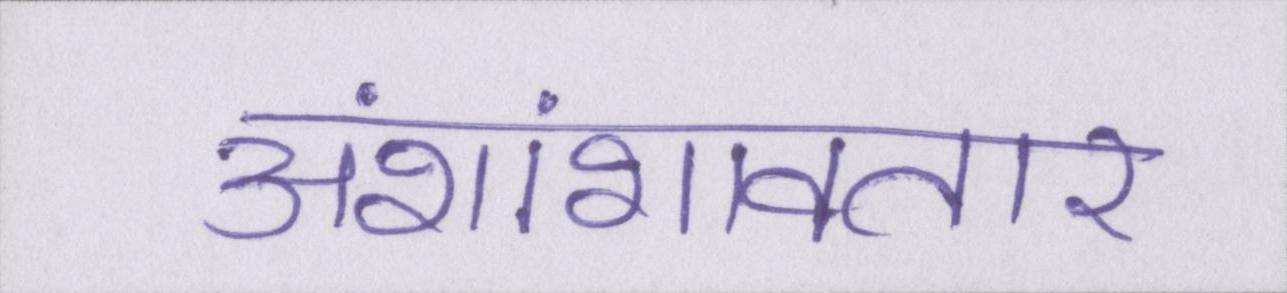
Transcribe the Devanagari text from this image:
अंशांशावतार